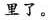
里了。